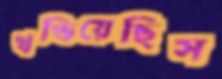
খণ্ডিয়েছিস